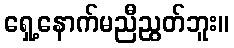
ရှေ့နောက်မညီညွတ်ဘူး။